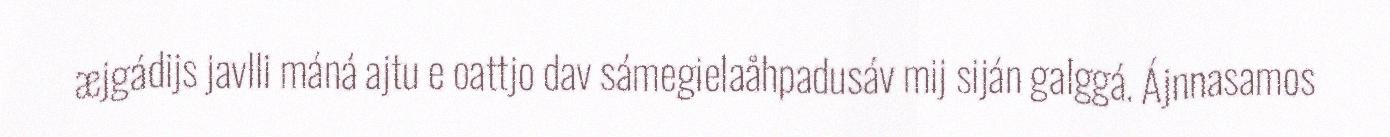
æjgádijs javlli máná ajtu e oattjo dav sámegielaåhpadusáv mij siján galggá. Ájnnasamos